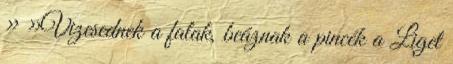
› ›Vizesednek a falak, beáznak a pincék a Liget